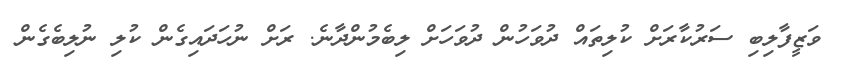
ވަޒީފާލިބި ސަރުކާރަށް ކުލިތައް ދުވަހުން ދުވަހަށް ލިބެމުންދާނެ. ރަށް ނުހަދައިގެން ކުލި ނުލިބެގެން